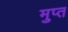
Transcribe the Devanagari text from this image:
मुप्त